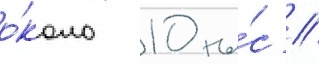
о́коло 10 ты́с //